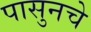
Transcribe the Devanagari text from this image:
पासुनचे